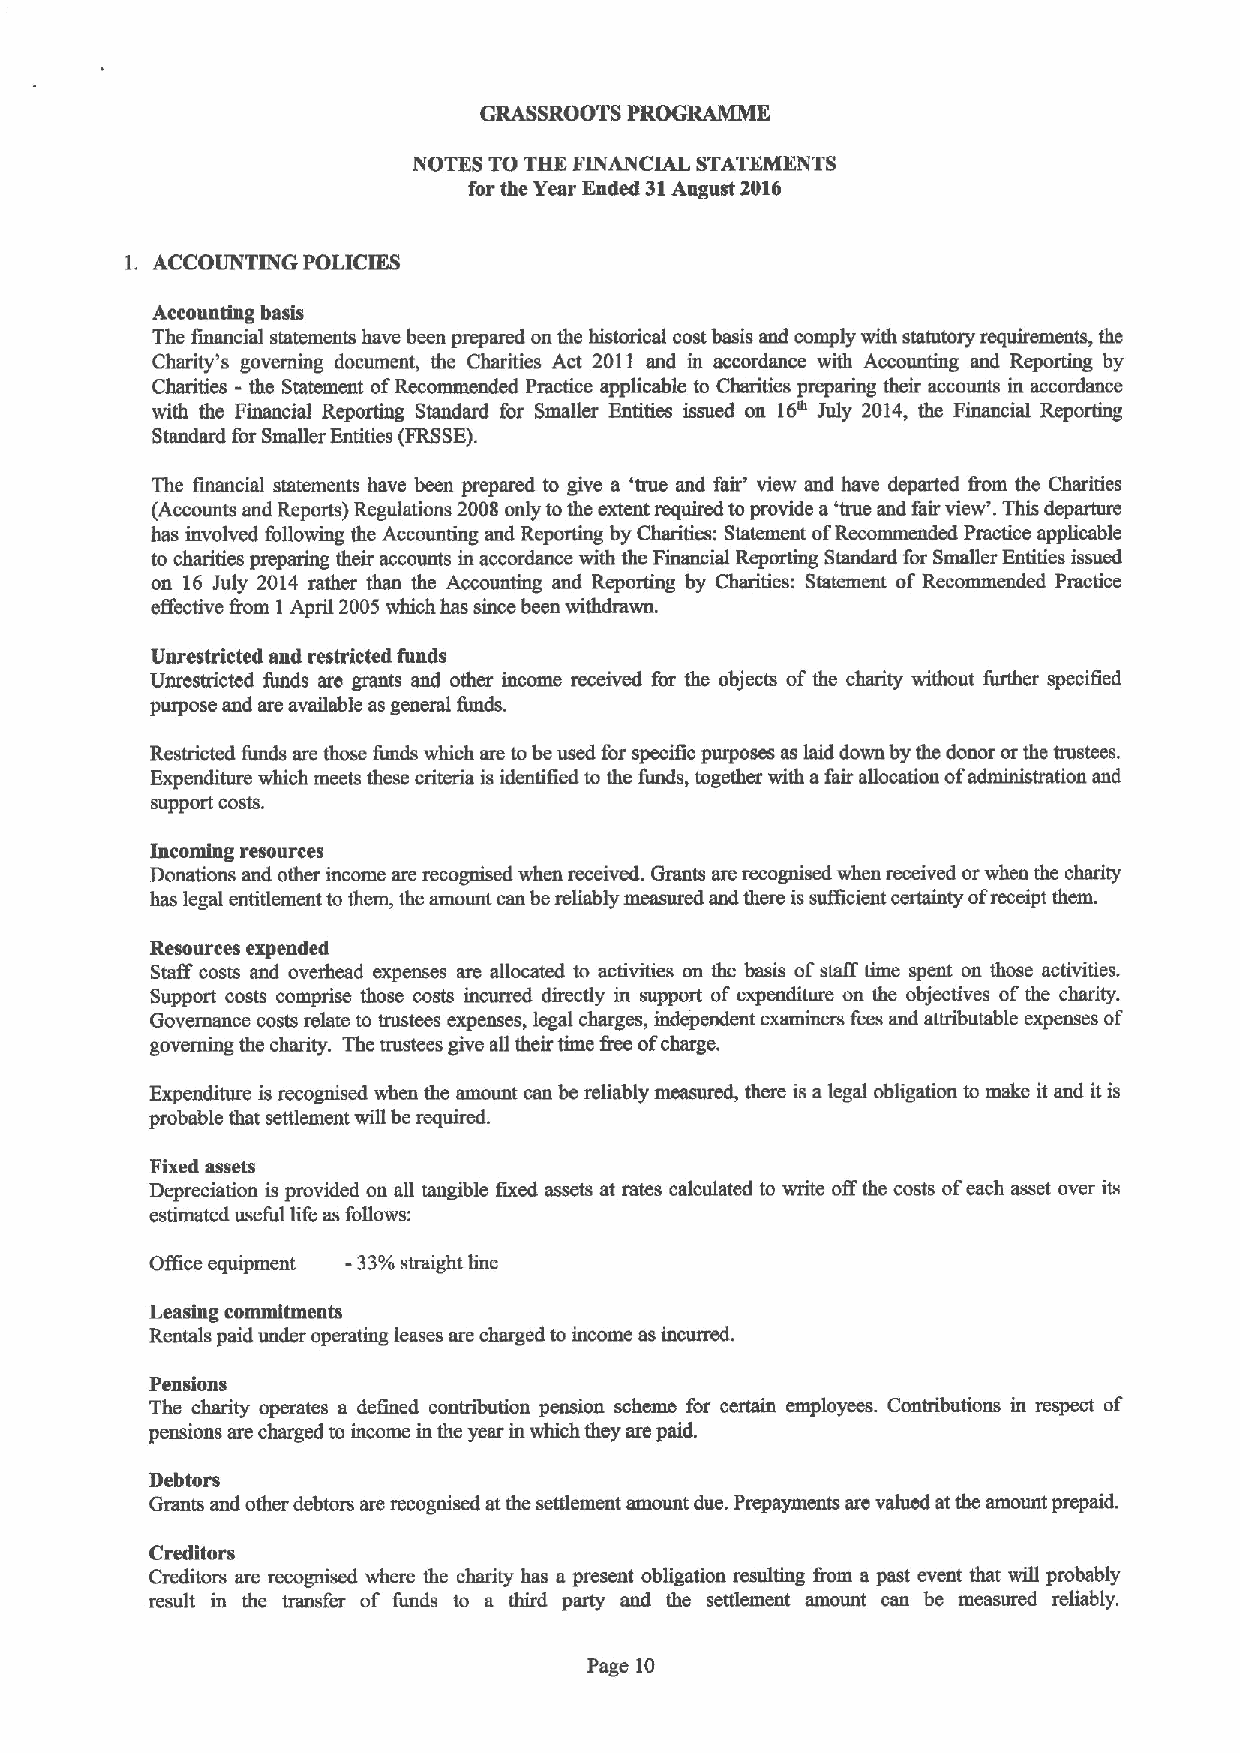
GRASSROOTS PROGRAMME
 NOTES TO THE FINANCIAL STATEMENTS
 for the Year Ended 31August 2016
 l. ACCOUNTING POLICIES
 Accounting basis
 The firumciat statements have been prepared on the historical costbasis snd comply with statutory requirements, tbe
 Charity's governing document, the Charities Act 2011 and in accordance with Accounting and Reporting by
 Charities - the Statement ofRecommended Practice applicable to Charities preparing their accounts in accordance
 with the Financial Reporting Standard for Smaller Entities issued on 16" July 2014, the Financial Reporting
 Standard for Smaller Entities (FRSSE).
 The financial statements have been prepared to give a 'true and fair' view and have departed &om the Charities
 (Accounts and Reports) Regulations 2008 only tothe extent required toprovide a'true and fair view'. This deparuue
 has involved following the Accounting and Reporting by Charities: Statement ofRecommended Practice applicable
 to charities preparing their accounts in accordance with the Financial Reporting Standard for Smaller Entities issued
 on 16 July 2014 rather than the Accounting and Reporting by Charities: Statement of Recommended Practice
 effective &om 1April 2005 which has since been withdrawn.
 Unrestricted and restricted funds
 Unrestricted funds are grants and other income received for the objects of the charity without further specified
 purpose and are available as general funds.
 Restricted funds are those funds which are tobe used for specific purposes as laid down by the donor or the trustees.
 Expenditure which meets these criteria is identified to the funds, together with afair allocation ofadministration and
 slipport costs.
 Incoming resources
 Donations and other income are recognised when mceived. Grants are recotpnsed when received orwhen the charity
 has legal entitlement to them, the amount can bereliably measuml and there issufficient certainty ofreceipt them.
 Resources expended
 Staff costs snd overhead expenses are allocated to activities on the basis ofstaff time spent on those activities.
 Support costs comprise those costs incurred directly in support of expenditure on the objectives ofthe charity.
 Governance costs relate to trustees expenses, legal charges, independent examiners fees and attributable expenses of
 governing the charity. The trustees tpve all their time &eeofcharge.
 Expenditure is recognised when the amount can be reliably measured, there is alegal obligation to make it and itis
 probable that settlement will be required.
 Fixed assets
 Depreciafion is provided on all tangible fixed assets at rates calculated to write offthe costs ofeach asset over its
 estimated useful life as follows:
 ~
 -
 Office equipment 33'/o straight line
 Leasing commitments
 Rentals paid under operating leases are charged to income as
 Pensions
 The charity operates a defined contribution pension scheme for certain employees. Contributions in respect of
 pensions are charged to income in the year in which they are paid.
 Debtors
 Grants and other debtors are recognised atthe settlement amount due. Prepayments are valued at the ainount prepaid.
 Creditors
 Creditors are recognised where the charity has a present obligation resulting &om a past event that will probably
 result in the transfer of funds to a third party and the settlement amount can be measured reliably.
 Page 10